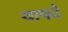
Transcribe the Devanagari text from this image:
याफो